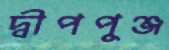
দ্বীপপুঞ্জ